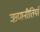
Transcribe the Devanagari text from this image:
ऋणनीतियाँ